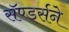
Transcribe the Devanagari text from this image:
सॅण्डर्सने